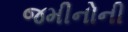
જમીનોની